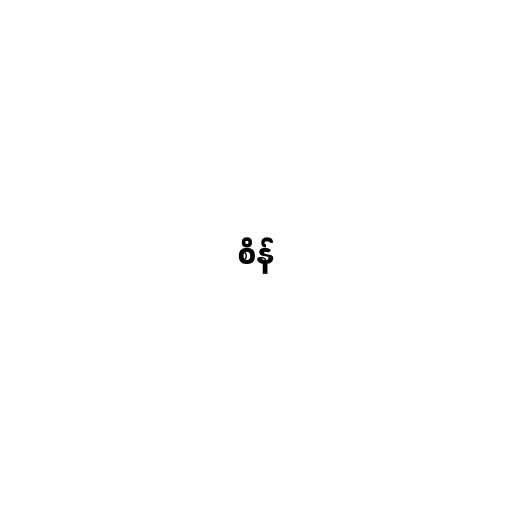
စိန်